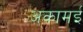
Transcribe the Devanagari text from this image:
अकामई